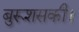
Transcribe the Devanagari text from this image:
बुरूशसकी।